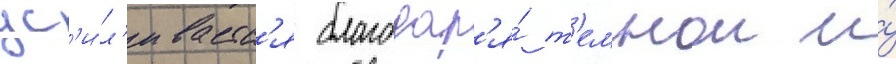
ус'и́л'иваетс'я благодар'я́ т'емнои и́